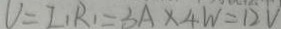
V = I _ { 1 } R _ { 1 } = 3 A \times 4 W = 1 2 V